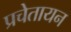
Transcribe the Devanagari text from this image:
प्रचेतायन